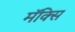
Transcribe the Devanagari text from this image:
मॅक्सि